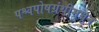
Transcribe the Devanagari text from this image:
पश्चपोषग्रंथीमधून